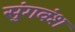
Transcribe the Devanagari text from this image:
सुंगवंश